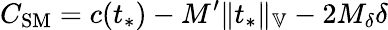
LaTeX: C_{\mathrm{SM}}=c(t_{*})-M^{\prime}\Vert t_{*}\Vert_{\mathbb{V}}-2M_{\delta}\delta